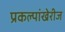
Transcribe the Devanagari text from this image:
प्रकल्पांखेरीज